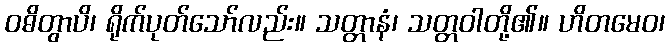
ဝဓိတွာပိ၊ ရိုက်ပုတ်သော်လည်း။ သတ္တာနံ၊ သတ္တဝါတို့၏။ ဟိတမေဝ၊